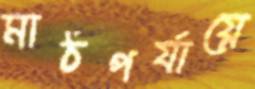
মাঠপর্যায়ে